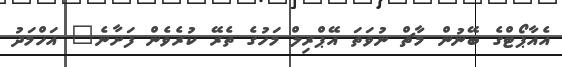
އެއާޕޯޓްގެ ބޭނުން މާޗް ނުވަތަ އޭޕްރިލް މަހުގެ ތެރޭ ކުރެވެން ފަށާނެ" އަހްމަދު